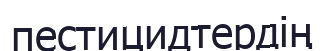
пестицидтердің